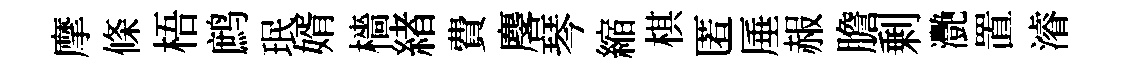
摩條梧鹧珉婿檣緖費麐琴縮棋匿厜赧膽剰灧置濬